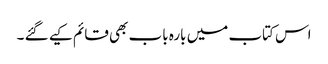
اس کتاب میں بارہ باب بھی قائم کیے گئے ۔